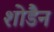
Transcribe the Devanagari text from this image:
शोडैन